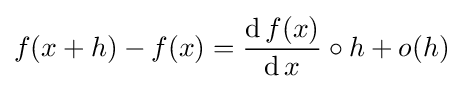
f(x+h)-f(x)={\frac {\operatorname {d} f(x)}{\operatorname {d} x}}\circ h+o(h)